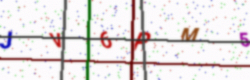
Text: JV6PM5